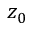
z _ { 0 }